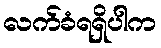
လက်ခံရရှိပါက